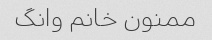
ممنون خانم وانگ